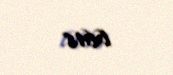
6618